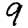
Digit: 9